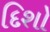
દિશો